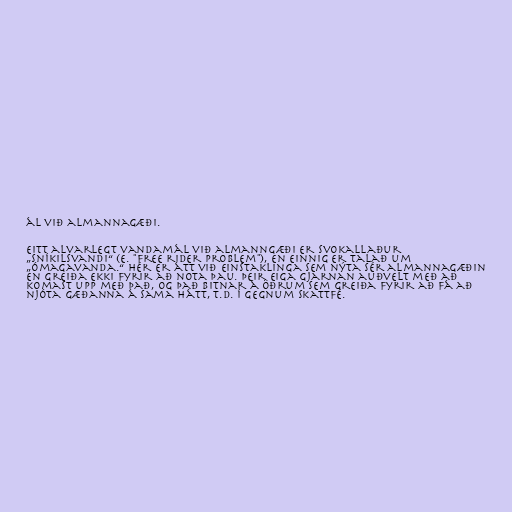
ál við almannagæði.

Eitt alvarlegt vandamál við almanngæði er svokallaður
„sníkilsvandi“ (e. "free rider problem"), en einnig er talað um
„ómagavanda.“ Hér er átt við einstaklinga sem nýta sér almannagæðin
en greiða ekki fyrir að nota þau. Þeir eiga gjarnan auðvelt með að
komast upp með það, og það bitnar á öðrum sem greiða fyrir að fá að
njóta gæðanna á sama hátt, t.d. í gegnum skattfé.